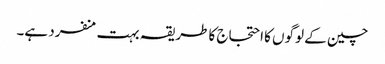
چین کے لوگوں کا احتجاج کا طریقہ بہت منفرد ہے۔